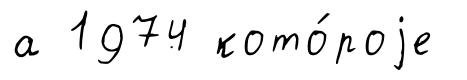
а 1974 кото́роjе